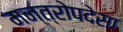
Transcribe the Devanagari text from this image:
मन्त्रोपदेसा